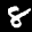
Label: 8